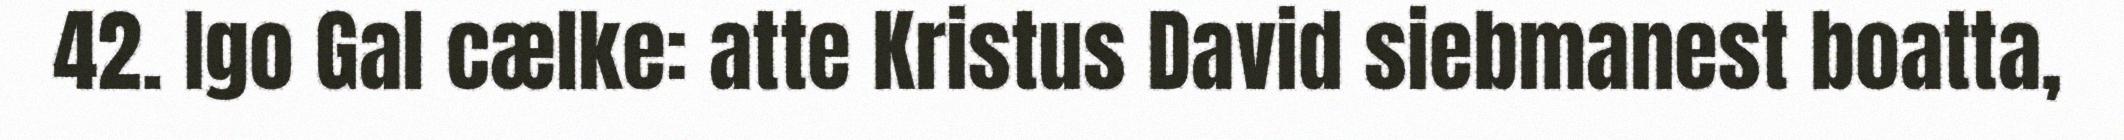
42. Igo Gal cælke: atte Kristus David siebmanest boatta,